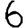
Digit: 6